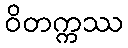
ဝိတက္ကဿ